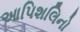
આપિશલિનો